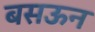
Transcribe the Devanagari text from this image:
बसऊन